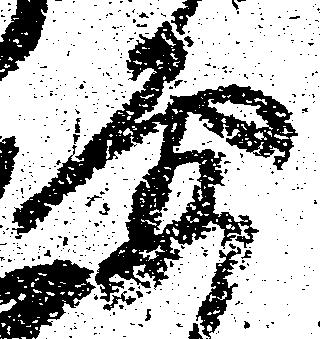
要